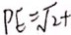
P E = \sqrt { 2 } +